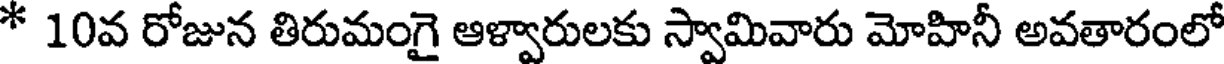
* 10వ రోజున తిరుమంగై ఆళ్వారులకు స్వామివారు మోహినీ అవతారంలో